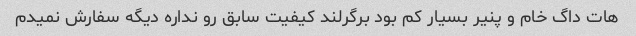
هات داگ خام و پنیر بسیار کم بود برگرلند کیفیت سابق رو نداره دیگه سفارش نمیدم